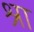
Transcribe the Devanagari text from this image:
श्रा